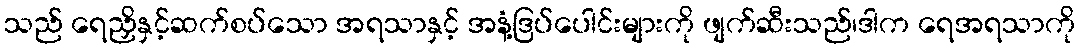
သည် ရေညှိနှင့်ဆက်စပ်သော အရသာနှင့် အနံ့ဒြပ်ပေါင်းများကို ဖျက်ဆီးသည်၊ဒါက ရေအရသာကို